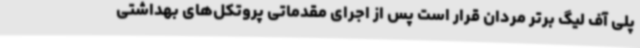
پلی آف لیگ برتر مردان قرار است پس از اجرای مقدماتی پروتکل‌های بهداشتی